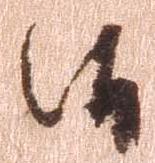
候